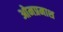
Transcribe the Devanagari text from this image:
ओमप्रमाश